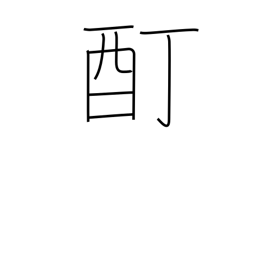
Meaning: intoxication